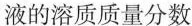
液的溶质质量分数